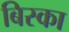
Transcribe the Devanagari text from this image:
बिस्का